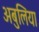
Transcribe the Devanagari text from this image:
अबुलिया